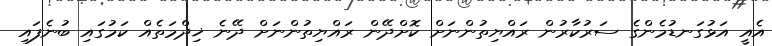
އެއީ އަޅުގަނޑުމެންގެ ސަރުކާރުން ރައްޔިތުންނަށް ކޮށްދޭން ރައްޔިތުންނަށް ދޭނެ ޚިދްމަތެއް ކަމުގައި ބުނެފައި